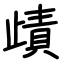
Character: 歵